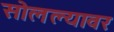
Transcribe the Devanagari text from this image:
सोलल्यावर